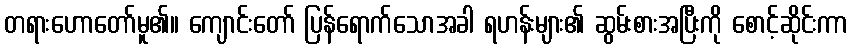
တရားဟောတော်မူ၏။ ကျောင်းတော် ပြန်ရောက်သောအခါ ရဟန်းများ၏ ဆွမ်းစားအပြီးကို စောင့်ဆိုင်းကာ